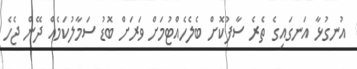
އުނގުޅާ އަނގައިގެ ތެރެ ސާފުކޮށް ބެލެހެއްޓުމަށް ވަރަށް ބޮޑު ސަމާލުކަމެއް ދޭން ޖެހެ